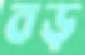
বড়